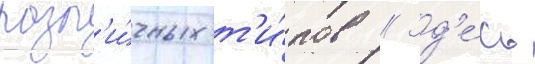
разл'и́чных т'и́пов // Зд'е́сь